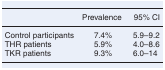
<table><thead><tr><td></td><td><b>Prevalence</b></td><td><b>95% CI</b></td></tr></thead><tbody><tr><td>Control participants</td><td>7.4%</td><td>5.9–9.2</td></tr><tr><td>THR patients</td><td>5.9%</td><td>4.0–8.6</td></tr><tr><td>TKR patients</td><td>9.3%</td><td>6.0–14</td></tr></tbody></table>